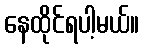
နေထိုင်ရပါ့မယ်။